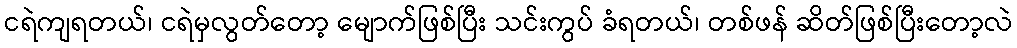
ငရဲကျရတယ်၊ ငရဲမှလွတ်တော့ မျောက်ဖြစ်ပြီး သင်းကွပ် ခံရတယ်၊ တစ်ဖန် ဆိတ်ဖြစ်ပြီးတော့လဲ